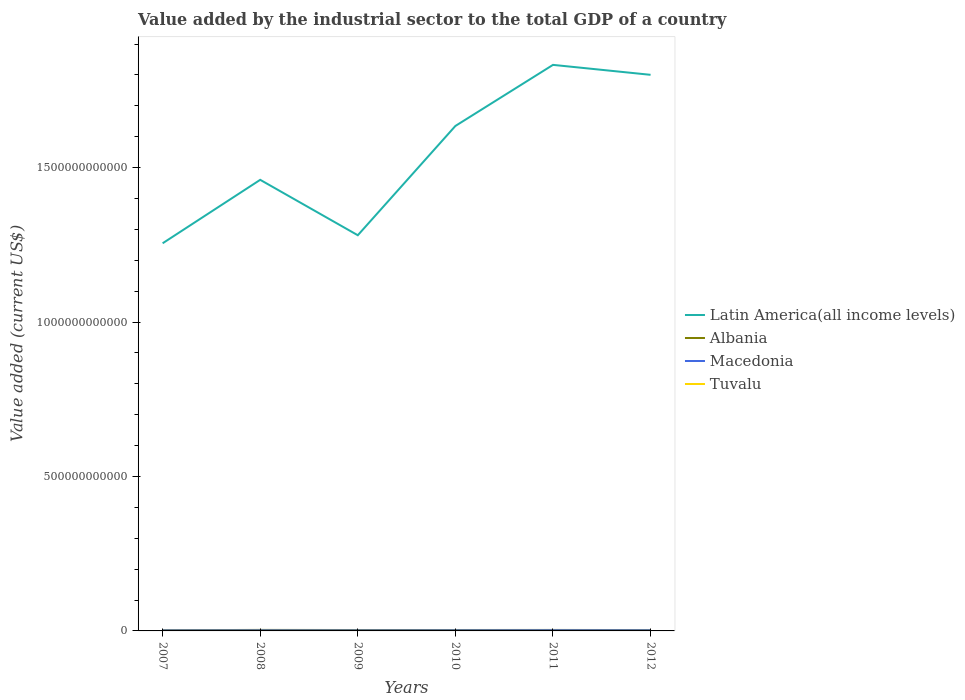
| Years | Latin America(all income levels) | Albania | Macedonia | Tuvalu |
 | --- | --- | --- | --- | --- |
 | 2007 | 1.26e+12 | 2.34e+09 | 1.72e+09 | 2.12e+06 |
 | 2008 | 1.46e+12 | 3.24e+09 | 1.94e+09 | 3.91e+06 |
 | 2009 | 1.28e+12 | 2.94e+09 | 1.78e+09 | 3.1e+06 |
 | 2010 | 1.63e+12 | 2.97e+09 | 1.98e+09 | 1.77e+06 |
 | 2011 | 1.83e+12 | 3.16e+09 | 2.27e+09 | 3.49e+06 |
 | 2012 | 1.8e+12 | 2.82e+09 | 2.05e+09 | 2.17e+06 |